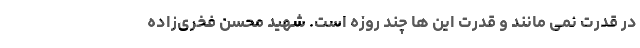
در قدرت نمی مانند و قدرت این ها چند روزه است. شهید محسن فخری‌زاده